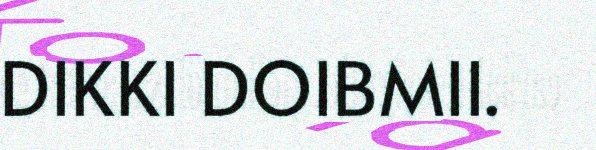
DIKKI DOIBMII.